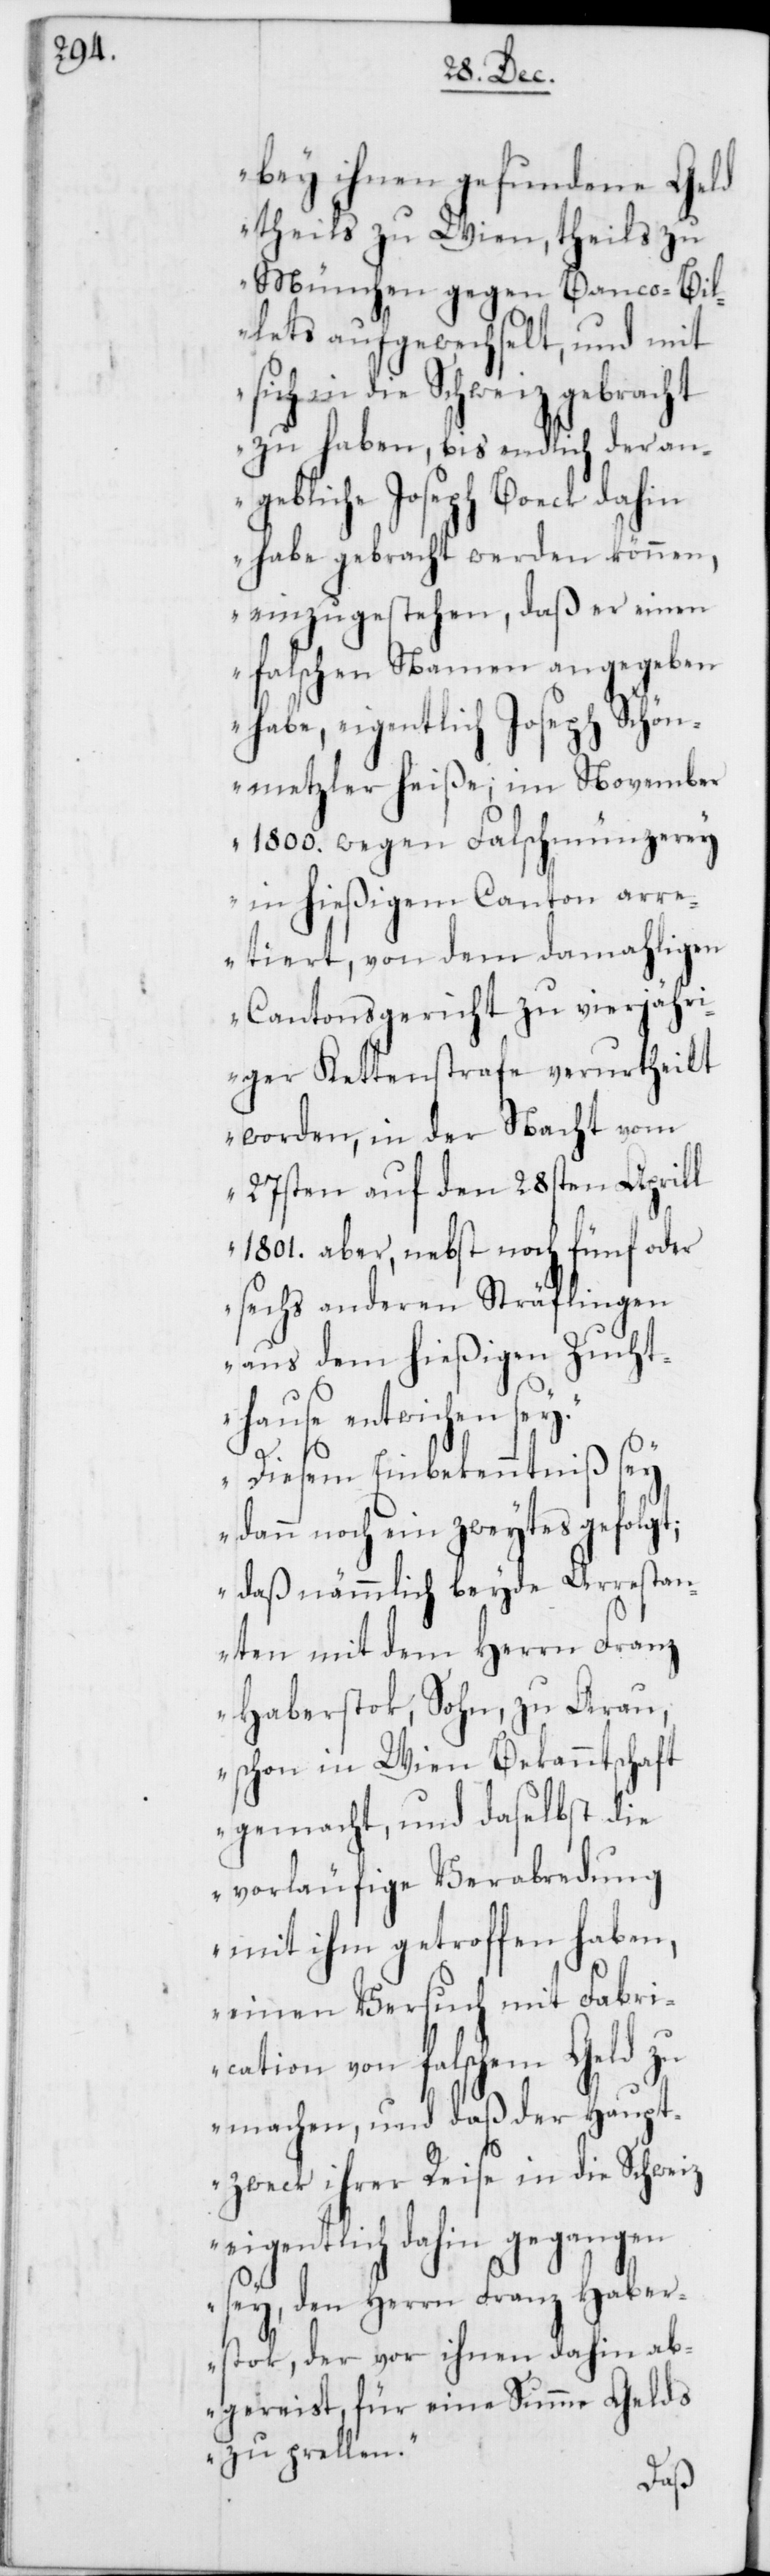
bey ihnen gefundene Geld
theils zu Wien, theils zu
München gegen Banco-Bil¬
lets aufgewechselt, und mit
sich in die Schweiz gebracht
zu haben, bis endlich der an¬
gebliche Joseph Boeck dahin
habe gebracht werden können,
einzugestehen, daß er einen
falschen Namen angegeben
habe, eigentlich Joseph Schönm¬
etzler [sic!] heiße, im November
1800. wegen Falschmünzerey
in hießigem Canton arre¬
tiert, von dem damahligen
Cantonsgericht zu vierjähr¬
iger Kettenstrafe verurtheilt
worden, in der Nacht vom
27sten auf den 28sten Aprill
1801. aber, nebst noch fünf oder
sechs anderen Sträflingen
aus dem hießigen Zucht¬
hause entwichen sey.
Diesem Einbekenntniß sey
dann noch ein zweytes gefolgt;
daß nämmlich beyde Arrestan¬
ten mit dem Herrn Franz
Haberstok, Sohn, zu Arau,
schon in Wien Bekanntschaft
gemacht, und daselbst die
vorläufige Verabredung
mit ihm getroffen haben,
einen Versuch mit Fabri¬
cation von falschem Geld zu
machen, und daß der Haupt¬
zweck ihrer Reise in die Schweiz
eigentlich dahin gegangen
sey, den Herrn Franz Haber¬
stok, der vor ihnen dahin ab¬
gereist, für eine Summe Gelds
zu prellen.